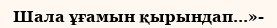
Шала ұғамын қырындап...»-